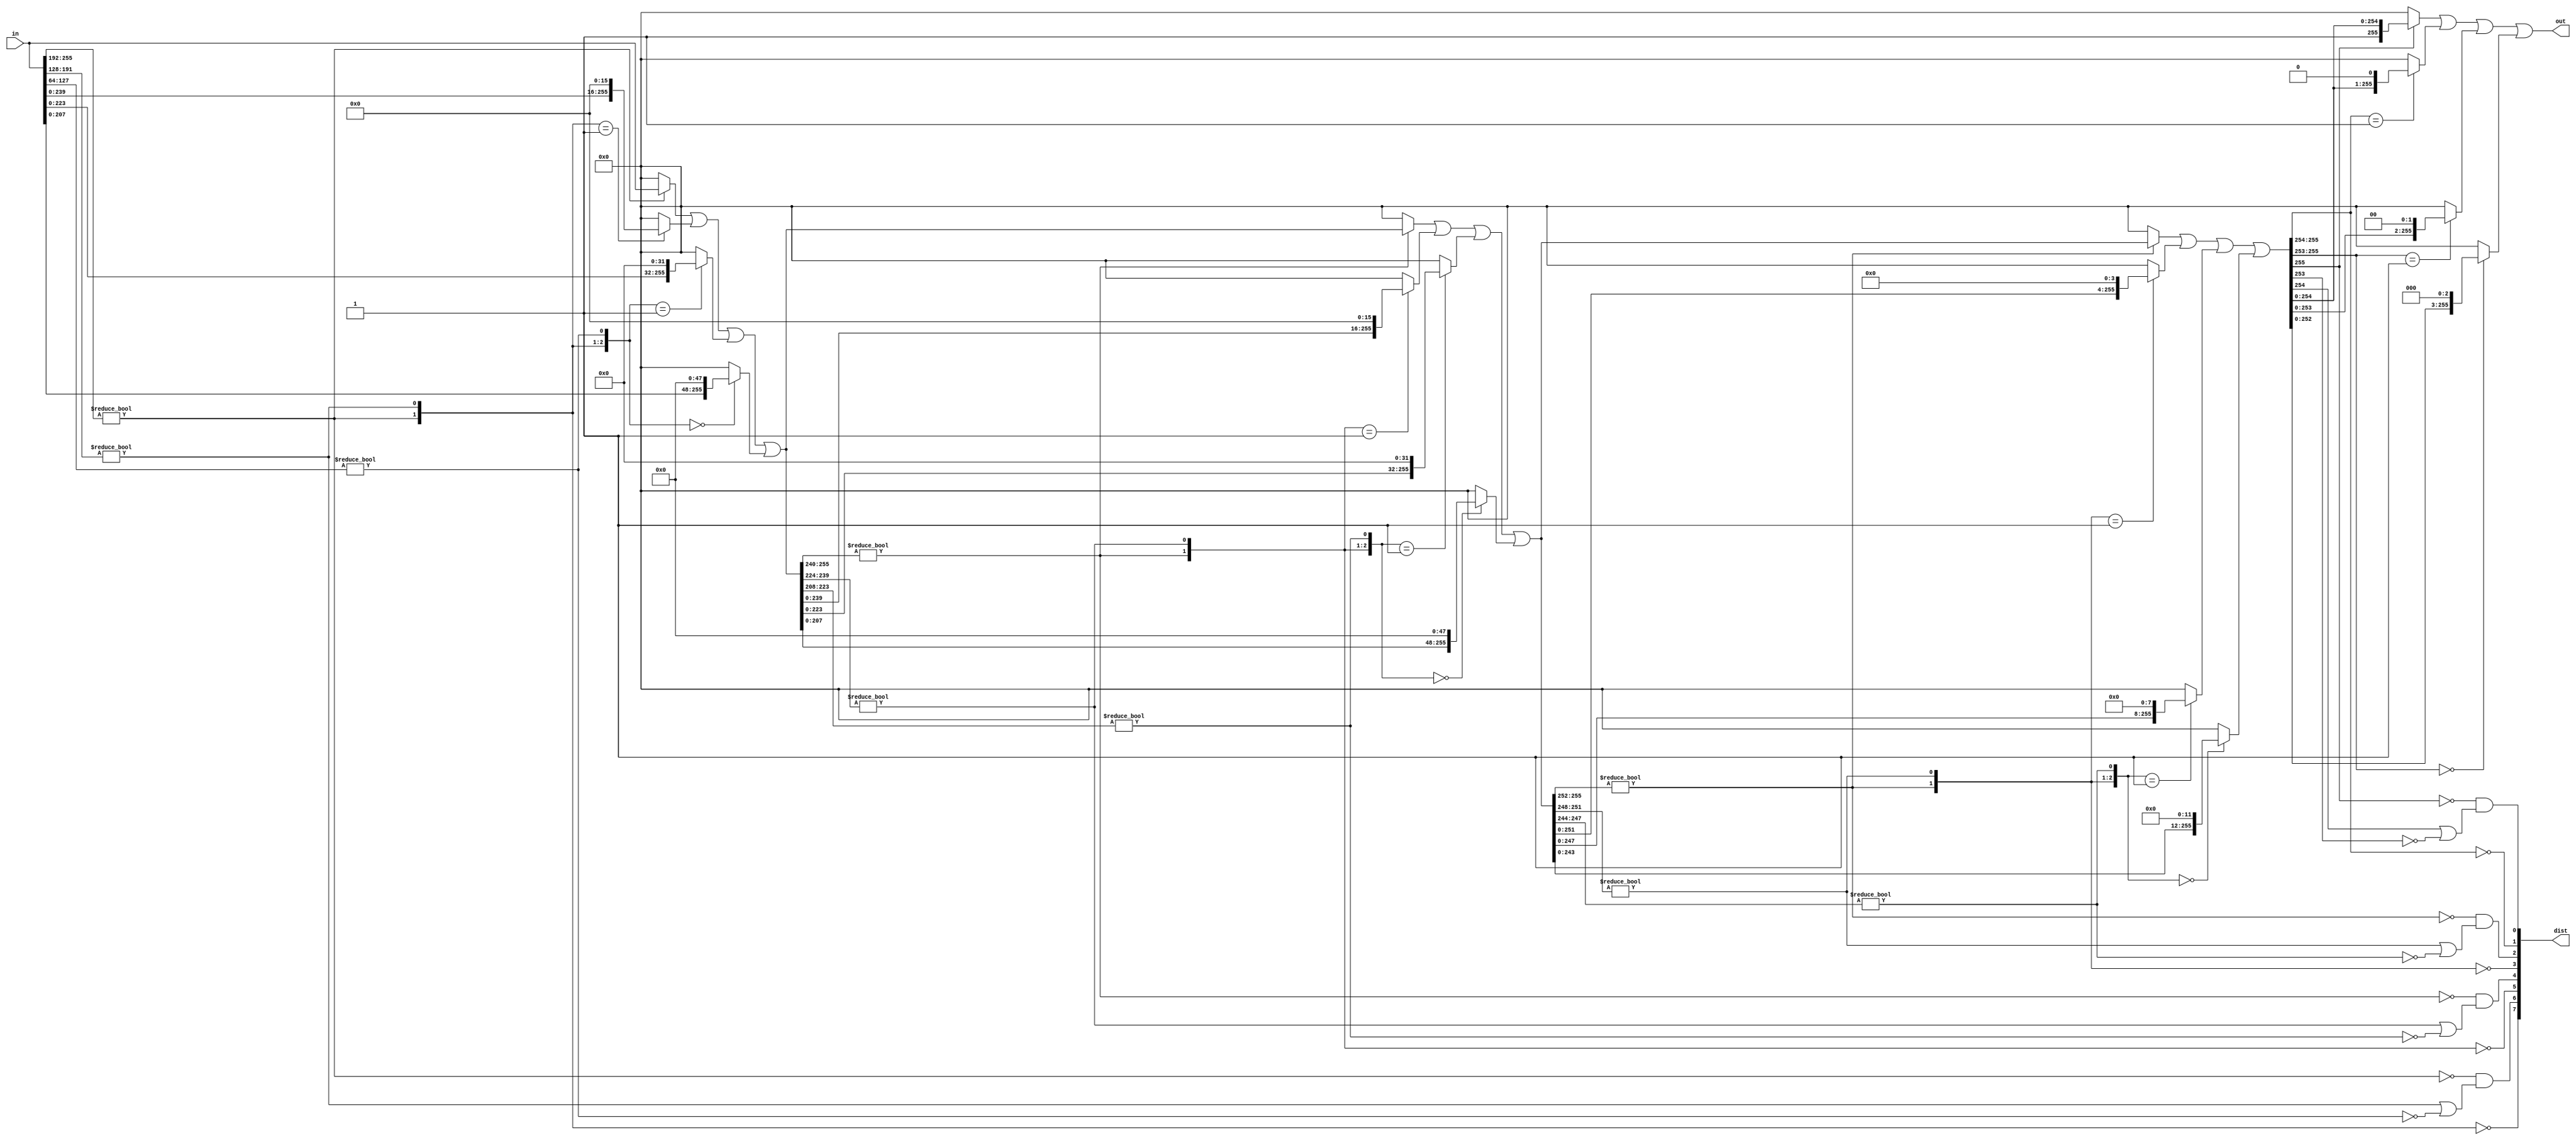

/*----------------------------------------------------------------------------
| If `in' is zero, returns `dist' = 255 and `out' = 0.  Otherwise, returns
| normalized `in' in `out' such that `out[255]' is 1.
*----------------------------------------------------------------------------*/

module normalize256( in, dist, out );

    input  [255:0] in;
    output [7:0]   dist;
    output [255:0] out;

    wire [3:1]   reduce64s;
    wire [7:0]   dist;
    wire [255:0] normTo64;
    wire [3:1]   reduce16s;
    wire [255:0] normTo16;
    wire [3:1]   reduce4s;
    wire [255:0] normTo4, out;

    assign reduce64s[3] = ( in[255:192] != 0 );
    assign reduce64s[2] = ( in[191:128] != 0 );
    assign reduce64s[1] = ( in[127:64]  != 0 );
    assign dist[7] = ( reduce64s[3:2] == 0 );
    assign dist[6] = ~ reduce64s[3] & ( reduce64s[2] | ~ reduce64s[1] );
    assign normTo64 =
          ( reduce64s[3]                 ? in     : 0 )
        | ( ( reduce64s[3:2] == 2'b01  ) ? in<<16 : 0 )
        | ( ( reduce64s      == 3'b001 ) ? in<<32 : 0 )
        | ( ( reduce64s      == 3'b000 ) ? in<<48 : 0 );

    assign reduce16s[3] = ( normTo64[255:240] != 0 );
    assign reduce16s[2] = ( normTo64[239:224] != 0 );
    assign reduce16s[1] = ( normTo64[223:208] != 0 );
    assign dist[5] = ( reduce16s[3:2] == 0 );
    assign dist[4] = ~ reduce16s[3] & ( reduce16s[2] | ~ reduce16s[1] );
    assign normTo16 =
          ( reduce16s[3]                 ? normTo64     : 0 )
        | ( ( reduce16s[3:2] == 2'b01  ) ? normTo64<<16 : 0 )
        | ( ( reduce16s      == 3'b001 ) ? normTo64<<32 : 0 )
        | ( ( reduce16s      == 3'b000 ) ? normTo64<<48 : 0 );

    assign reduce4s[3] = ( normTo16[255:252] != 0 );
    assign reduce4s[2] = ( normTo16[251:248] != 0 );
    assign reduce4s[1] = ( normTo16[247:244] != 0 );
    assign dist[3] = ( reduce4s[3:2] == 0 );
    assign dist[2] = ~ reduce4s[3] & ( reduce4s[2] | ~ reduce4s[1] );
    assign normTo4 =
          ( reduce4s[3]                 ? normTo16     : 0 )
        | ( ( reduce4s[3:2] == 2'b01  ) ? normTo16<<4  : 0 )
        | ( ( reduce4s      == 3'b001 ) ? normTo16<<8  : 0 )
        | ( ( reduce4s      == 3'b000 ) ? normTo16<<12 : 0 );

    assign dist[1] = ( normTo4[255:254] == 0 );
    assign dist[0] = ~ normTo4[255] & ( normTo4[254] | ~ normTo4[253] );
    assign out =
          ( normTo4[255]                   ? normTo4    : 0 )
        | ( ( normTo4[255:254] == 2'b01  ) ? normTo4<<1 : 0 )
        | ( ( normTo4[255:253] == 3'b001 ) ? normTo4<<2 : 0 )
        | ( ( normTo4[255:253] == 3'b000 ) ? normTo4<<3 : 0 );

endmodule